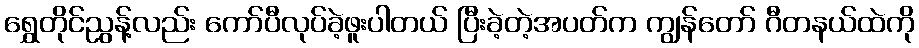
ရွှေတိုင်ညွန့်လည်း ကော်ပီလုပ်ခဲ့ဖူးပါတယ် ပြီးခဲ့တဲ့အပတ်က ကျွန်တော် ဂီတနယ်ထဲကို